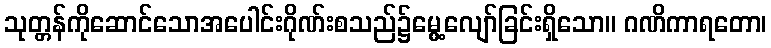
သုတ္တန်ကိုဆောင်သောအပေါင်းဂိုဏ်းစသည်၌မွေ့လျော်ခြင်းရှိသော။ ဂဏိကာရတော၊